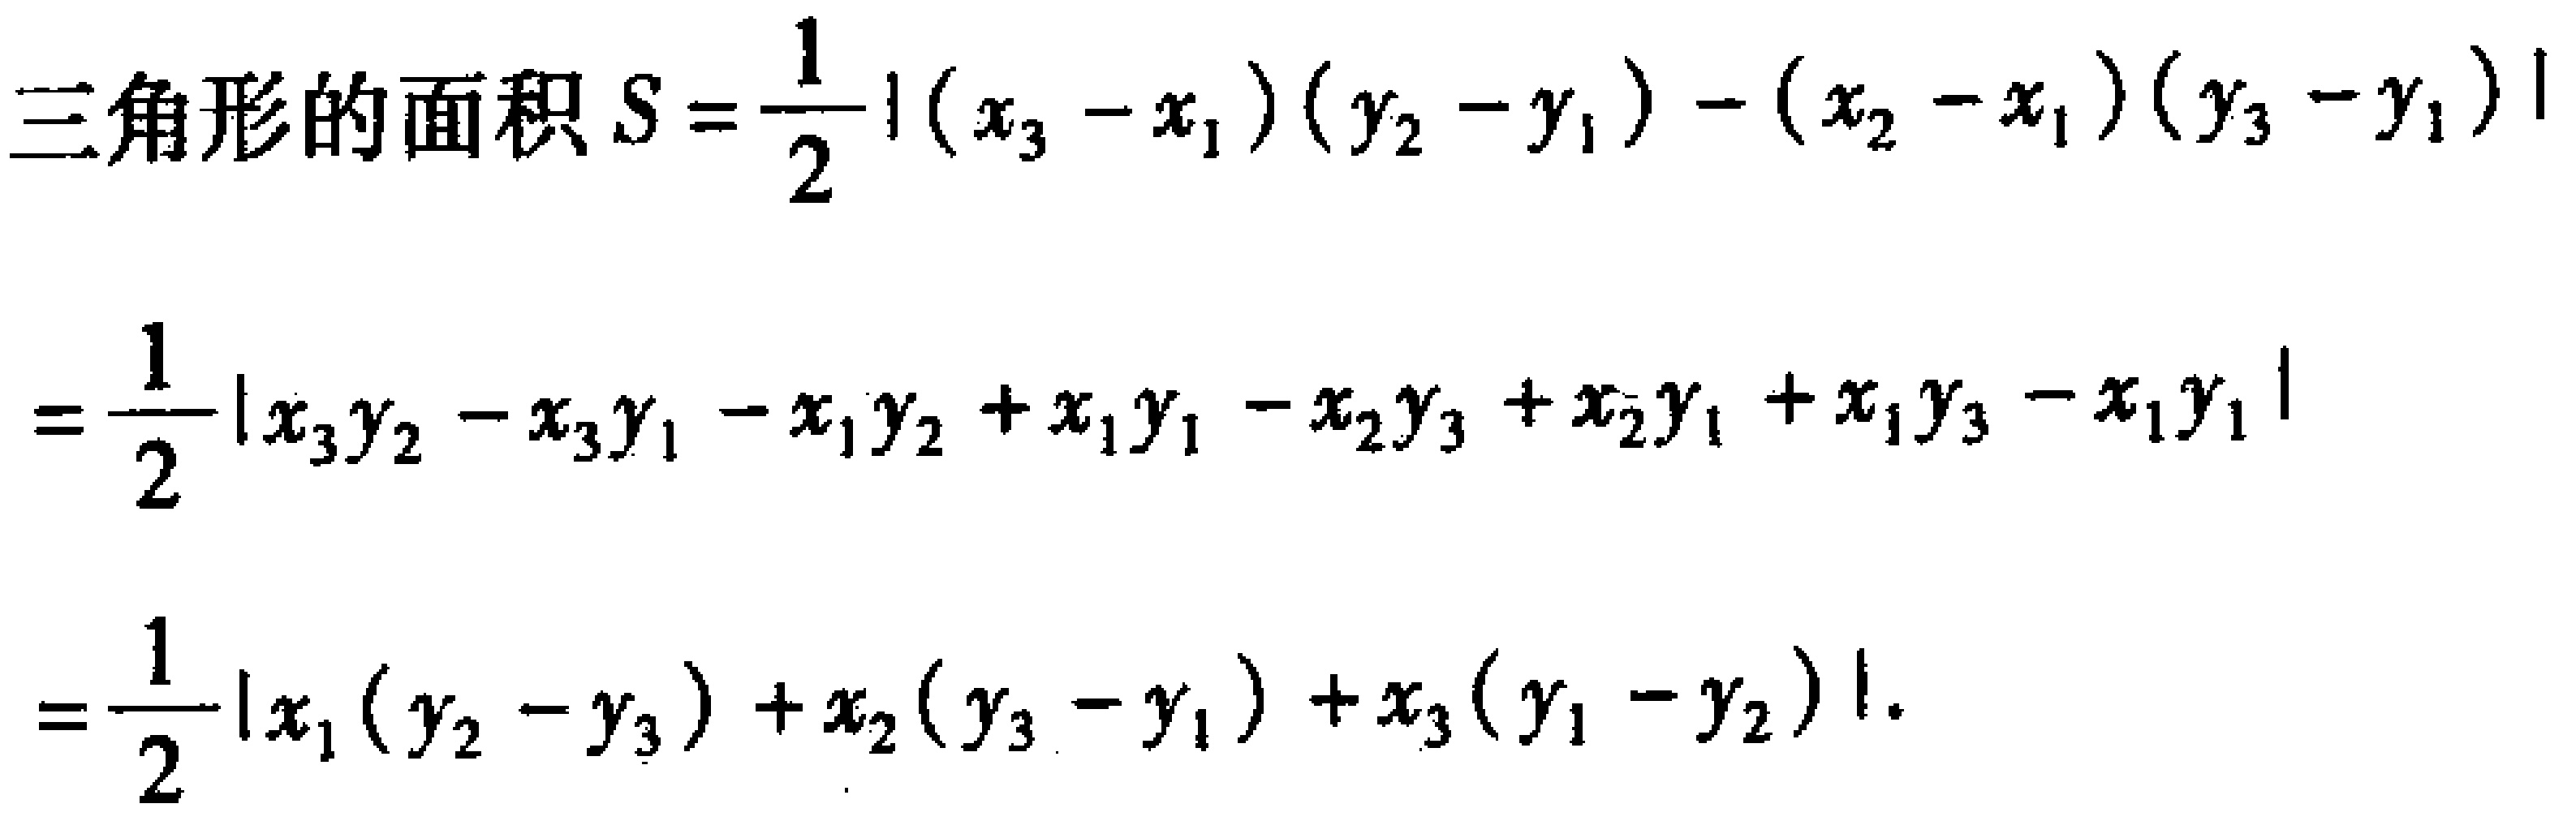
三角形的面积 \(S = \frac{1}{2}\left|\left(x_{3}-x_{1}\right)\left(y_{2}-y_{1}\right)-\left(x_{2}-x_{1}\right)\left(y_{3}-y_{1}\right)\right|\)
\(=\frac{1}{2}\left|x_{3}y_{2}-x_{3}y_{1}-x_{1}y_{2}+x_{1}y_{1}-x_{2}y_{3}+x_{2}y_{1}+x_{1}y_{3}-x_{1}y_{1}\right|\)
\(=\frac{1}{2}\left|x_{1}\left(y_{2}-y_{3}\right)+x_{2}\left(y_{3}-y_{1}\right)+x_{3}\left(y_{1}-y_{2}\right)\right|\)